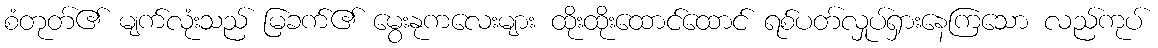
စံတုတ်၏ မျက်လုံးသည် မြခက်၏ မွေးနုကလေးများ ထိုးထိုးထောင်ထောင် ရစ်ပတ်လှုပ်ရှားနေကြသော လည်ကုပ်